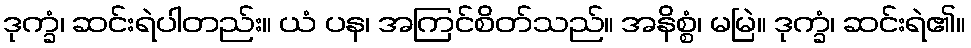
ဒုက္ခံ၊ ဆင်းရဲပါတည်း။ ယံ ပန၊ အကြင်စိတ်သည်။ အနိစ္စံ၊ မမြဲ။ ဒုက္ခံ၊ ဆင်းရဲ၏။